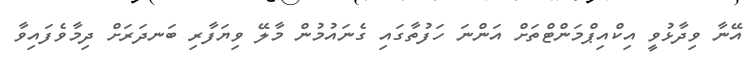
އޭނާ ވިދާޅުވީ އިކްއިޕްމަންޓްތަށް އަންނަ ހަފުތާގައި ގެނައުމުން މާލޭ ވިޔަފާރި ބަނދަރަށް ދިމާވެފައިވާ